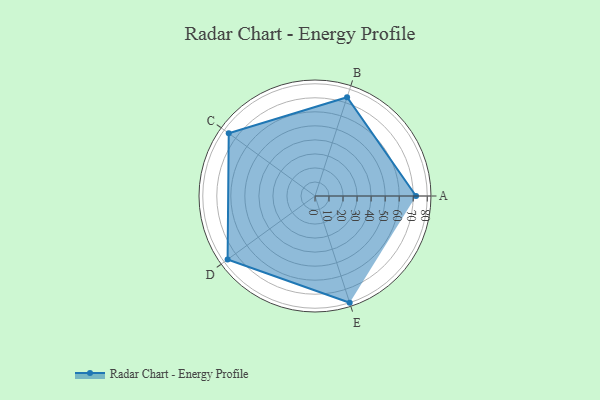
{"axis": {"x": "Skill", "y": "Score"}, "legend": ["Profile"], "data": [{"x": "A", "y": 72.0, "type": "Profile"}, {"x": "B", "y": 74.0, "type": "Profile"}, {"x": "C", "y": 76.0, "type": "Profile"}, {"x": "D", "y": 77.0, "type": "Profile"}, {"x": "E", "y": 80.0, "type": "Profile"}]}